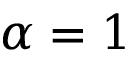
\alpha = 1